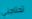
تحتاجني